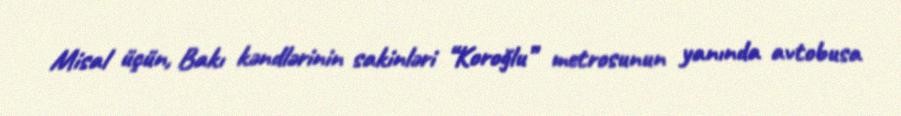
Misal üçün, Bakı kəndlərinin sakinləri “Koroğlu” metrosunun yanında avtobusa